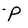
Character: P